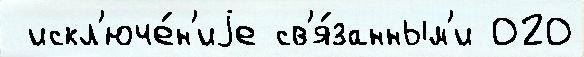
 искл'юче́н'иjе св'я́занным'и 020